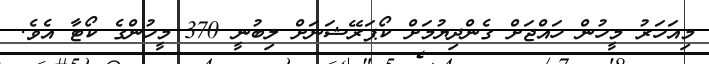
މިއަހަރު މީހުން ހައްޖަށް ގެންދިޔުމަށް ކޯޕަރޭޝަނަށް ލިބުނީ 370 މީހުންގެ ކޯޓާ އެވެ.